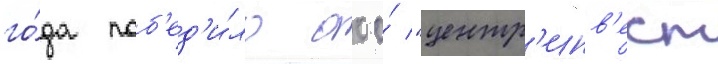
го́да поб'ед'и́ло ооо́ "центр'инв'ест